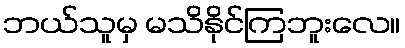
ဘယ်သူမှ မသိနိုင်ကြဘူးလေ။